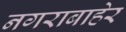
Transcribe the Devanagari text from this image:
नगराबाहेर